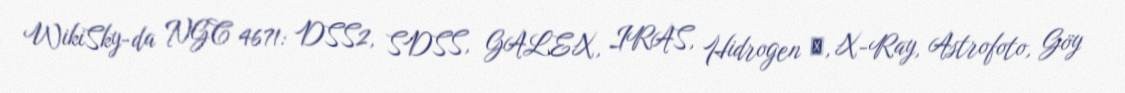
WikiSky-da NGC 4671: DSS2, SDSS, GALEX, IRAS, Hidrogen α, X-Ray, Astrofoto, Göy